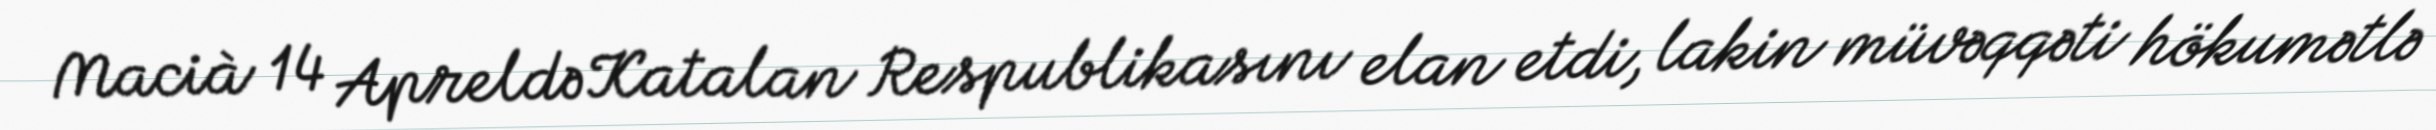
Macià 14 Apreldə Katalan Respublikasını elan etdi, lakin müvəqqəti hökumətlə